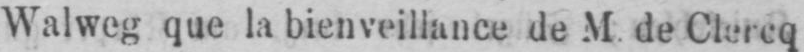
Walweg que la bienveillance de M. de Clercq